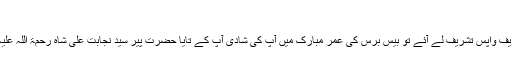
(قصوری)]
حصولِ تعلیم کے بعد آپ علی پورسیّداں شریف واپس تشریف لے آئے تو بیس برس کی عمر مبارک میں آپ کی شادی آپ کے تایا حضرت پیر سیّد نجابت علی شاہ رحمۃ اللہ علیہ[۱] کی دخترِ نیک اختر[۲] سے انجام پائی۔